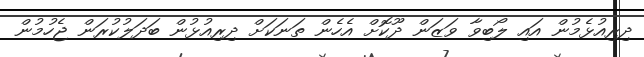
ދިރިއުޅެމުން އައި ލޯބިވާ ވަޒަން ދޫކޮށް އެހެން ތަނަކަށް ދިރިއުޅުން ބަދަލުކުރަން ޖެހުމުން